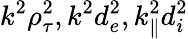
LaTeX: k^{2}\rho_{\tau}^{2},k^{2}d_{e}^{2},k_{\parallel}^{2}d_{i}^{2}